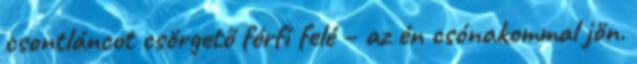
csontláncot csörgető férfi felé – az én csónakommal jön.